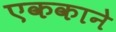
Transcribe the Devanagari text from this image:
एककाने